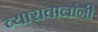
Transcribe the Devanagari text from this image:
व्यारावालांनी